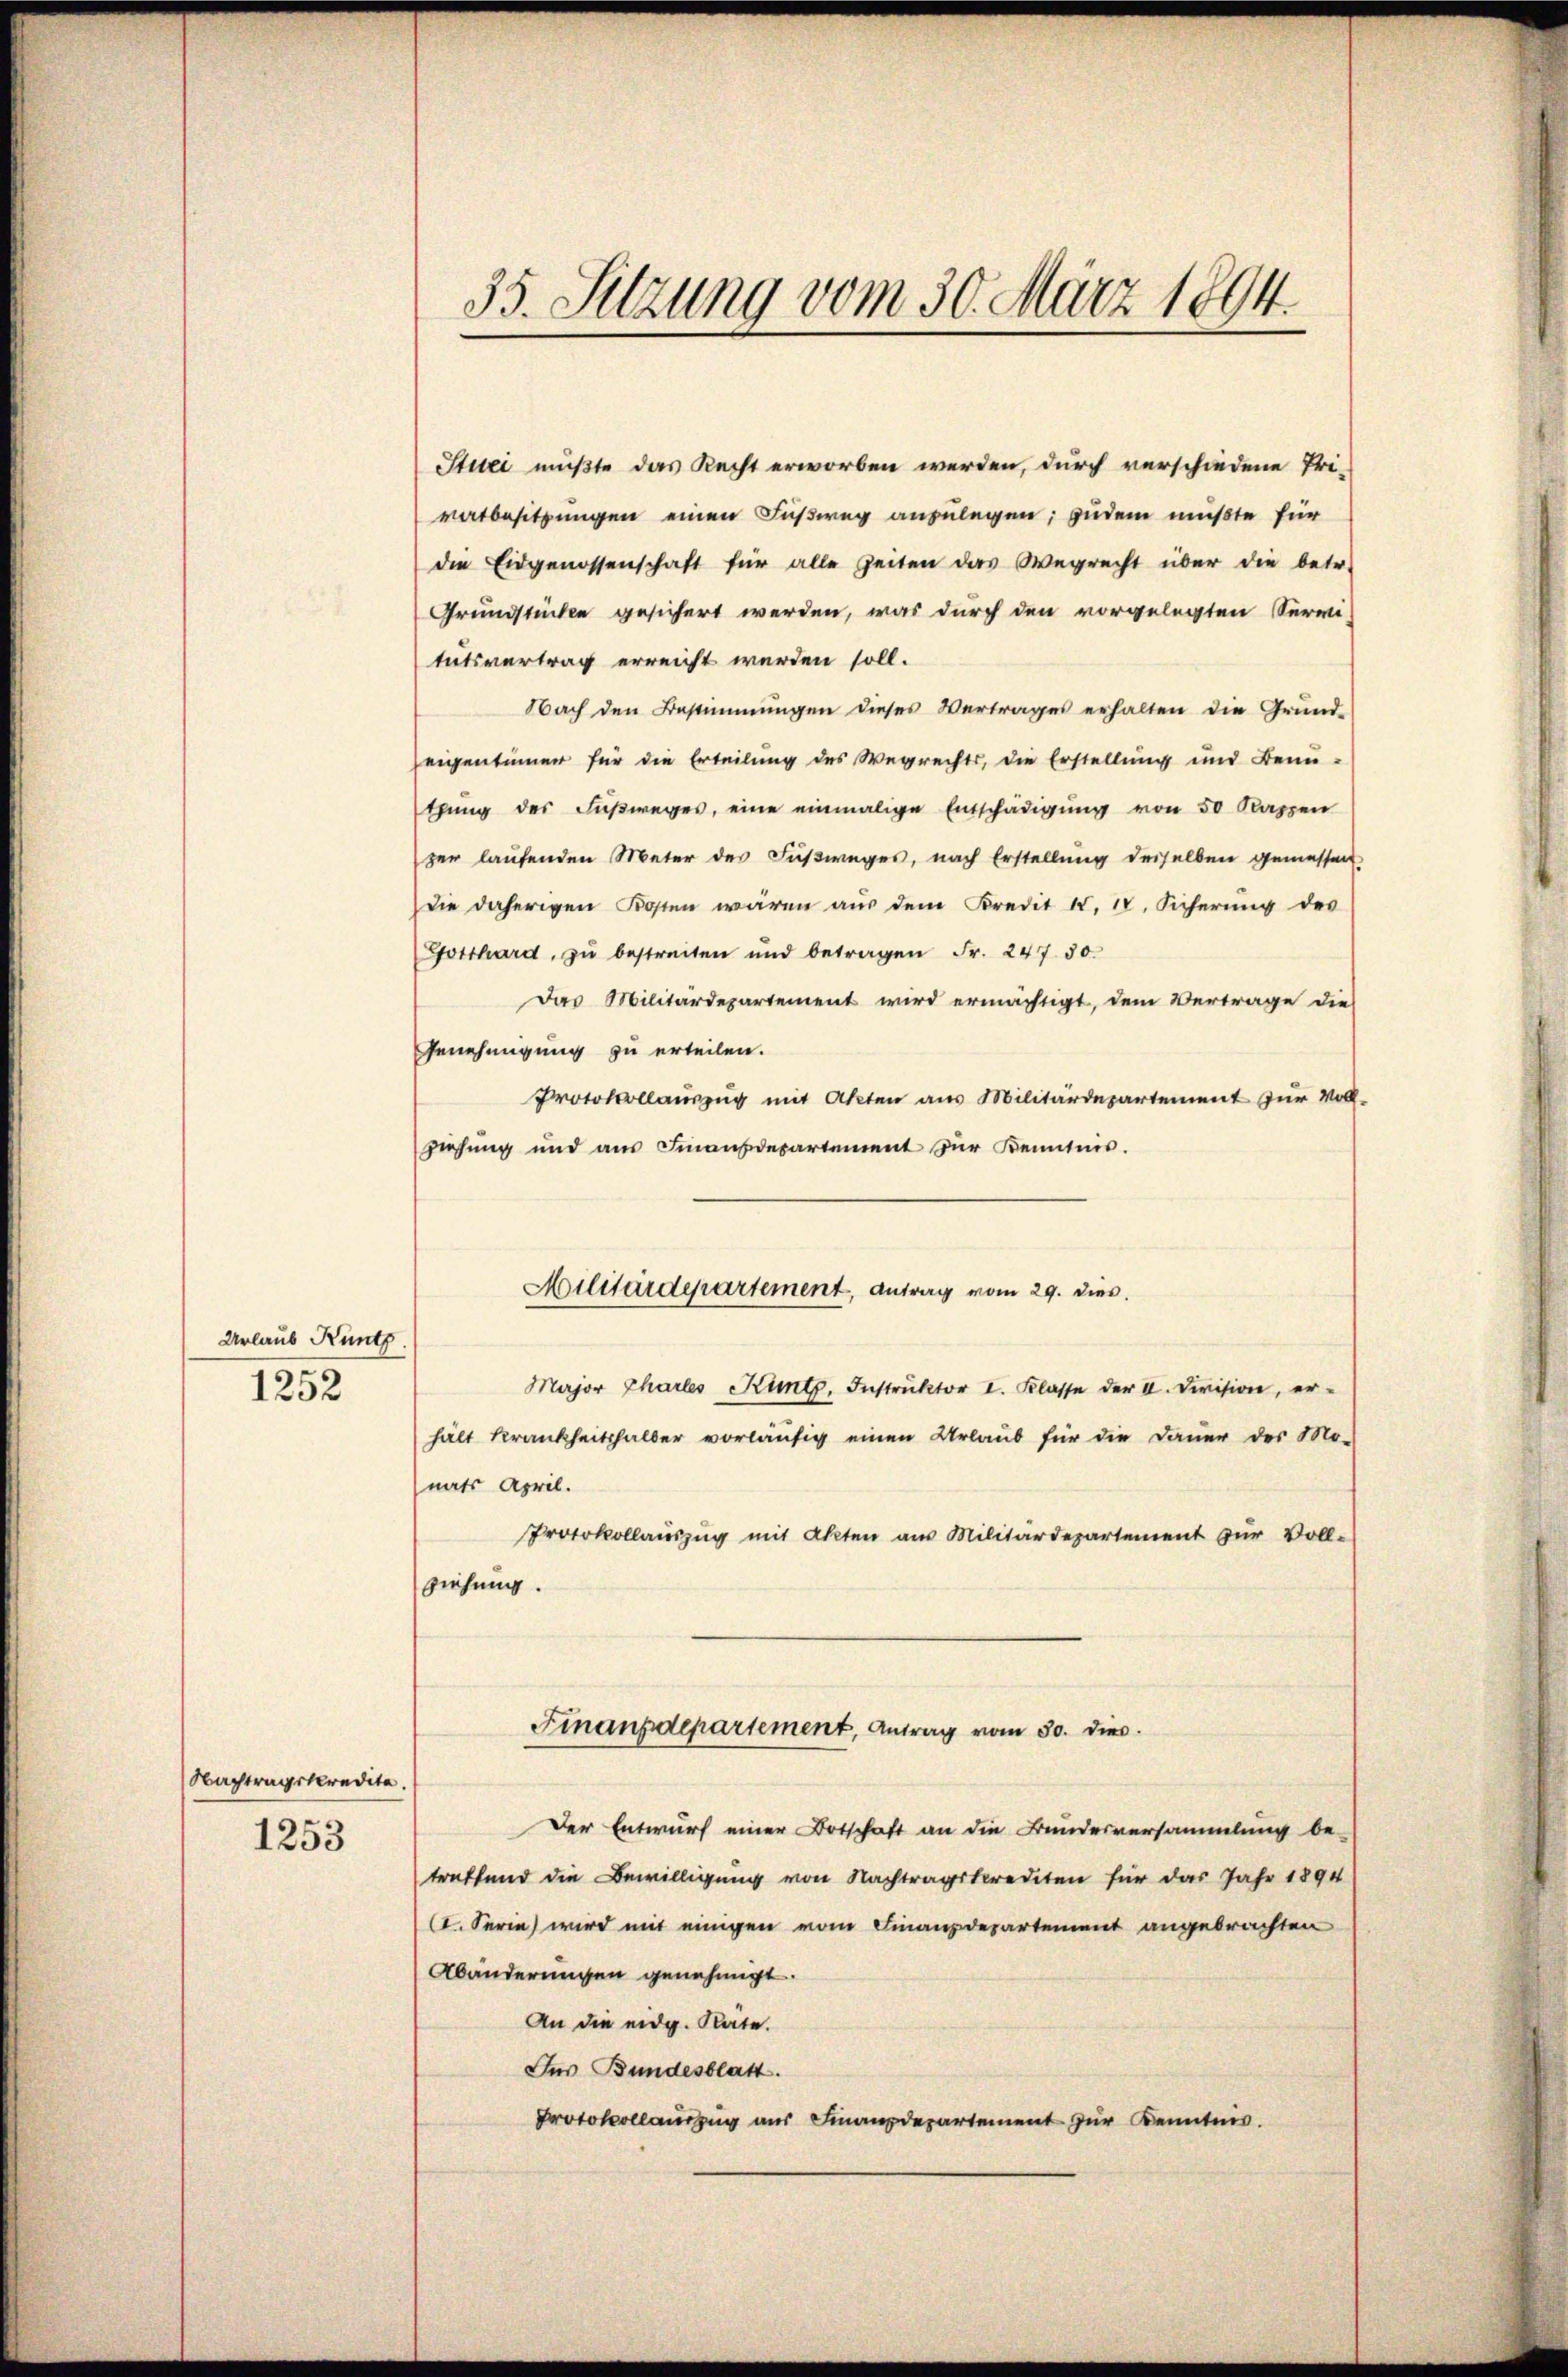
Urlaub Küntz
1252

Nachtragskredita.
1253

35. Sitzung vom 30. März 1894.

Stuci mußte das Recht erworben werden, durch verschiedene Tri-
vatbesitzungen einen Fußweg anzulegen; zudem mußte für
die Eidgenossenschaft für alle Zeiten das Wegrecht über die betr.
Grundstücken gesichert werden, was durch den vorgelegten Servi-
tutsvertrag erreicht werden soll.
Nach den Bestimmungen dieses Vertrages erhalten die Grund-
Zeigentümer für die Erteilung des Wegrechts, die Erstellung und Benubung des Fußweges, eine einmalige Entschädigung von 50 Kappen
per laufenden Meter des Fußweges, nach Erstellung desselben gemessen
Die daherigen Kosten wären aus dem Kredit II, IV. Sicherung des
Gotthard zŭ bestreiten und betragen Fr. 247. 50.
Das Militärdepartement wird ermächtigt, dem Vertrage die
Genehmigung zu erteilen.
Protokollauszug mit Akten aus Militärdepartement zur Vollziehung und ans Finanzdepartement zur Kenntnis.
Major Chartes Kunt, Instruktor I. Klasse der II. Division, erhält Krankheitshalber vorläufig einen Urlaub für die Dauer der Mo-
nats April.
Protokollauszug mit Akten am Militärdepartement zur Voll-
ziehung.
Finanzdepartement, Antrag vom 30. dies
Der Entwurf einer Botschaft an die Bundesversammlung be-
treffend die Bewilligung von Nachtragskrediten für das Jahr 1894
CI. Serie wird mit einigen vom Finanzdepartement angebrachten
Abänderungen genehmigt.
An die eidg. Räte.
Für Bundesblatt.
Protokollauszug aus Finanzdepartement zur Kenntnis.

Militärdepartement, Antrag vom 29. dies.